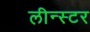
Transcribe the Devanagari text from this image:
लीन्स्टर